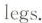
legs.